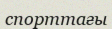
спорттағы